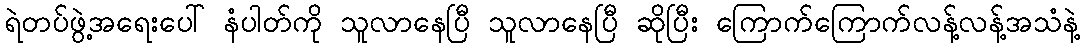
ရဲတပ်ဖွဲ့အရေးပေါ် နံပါတ်ကို သူလာနေပြီ သူလာနေပြီ ဆိုပြီး ကြောက်ကြောက်လန့်လန့်အသံနဲ့